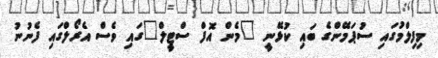
މިފިލްމުގައި ސުޕަމޭންގެ ބައި ކުޅޭނީ "މެން އޮފް ސްޓީލް"ގައި ވެސް އެރޯލްގައި ފެނުނު